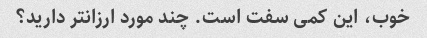
خوب، این کمی سفت است. چند مورد ارزانتر دارید؟